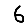
Digit: 6